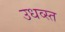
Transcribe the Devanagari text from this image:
उधव्स्त